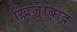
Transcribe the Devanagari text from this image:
ख़िज़्राबाद